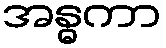
အန္ဓကာ